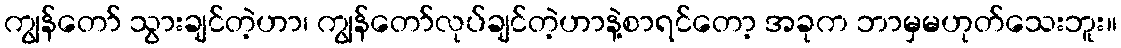
ကျွန်တော် သွားချင်တဲ့ဟာ၊ ကျွန်တော်လုပ်ချင်တဲ့ဟာနဲ့စာရင်တော့ အခုက ဘာမှမဟုတ်သေးဘူး။